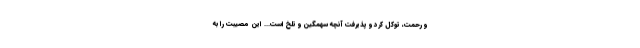
و رحمت، توکل کرد و پذیرفت آنچه سهمگین و تلخ است... این مصیبت را به